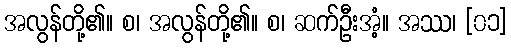
အလွန်တို့၏။ စ၊ အလွန်တို့၏။ စ၊ ဆက်ဦးအံ့။ အဿ၊ [၀၁]